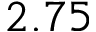
2 . 7 5